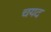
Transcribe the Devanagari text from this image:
चयद